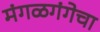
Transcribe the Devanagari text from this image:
मंगळगंगेचा